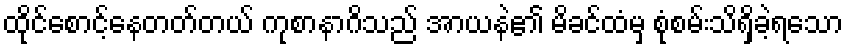
ထိုင်စောင့်နေတတ်တယ် ကုစာနာဂိသည် အာယနဲ၏ မိခင်ထံမှ စုံစမ်းသိရှိခဲ့ရသော